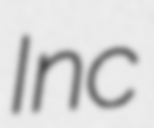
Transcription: Inc